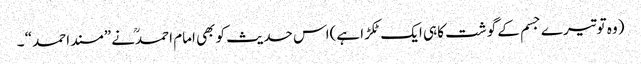
(وہ توتیرے جسم کے گوشت کا ہی ایک ٹکڑا ہے)اس حدیث کو بھی امام احمدنے ”مسند احمد“ ۔